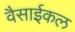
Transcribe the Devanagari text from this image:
वैसाईकल